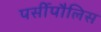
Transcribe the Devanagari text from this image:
पर्सीपौलिस